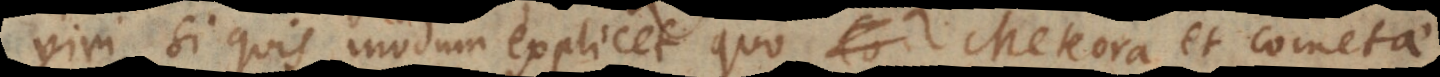
viri, si quis modum explicet quo Meteora et Cometae